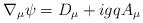
LaTeX: \begin{align*}\nabla_{\mu}\psi = D_{\mu} + ig q A_{\mu}\end{align*}